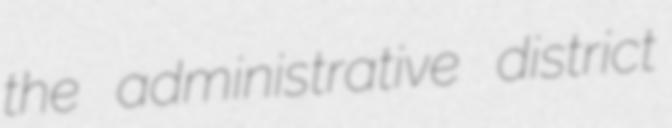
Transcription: the administrative district